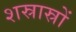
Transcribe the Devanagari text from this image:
शस्रास्रों